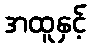
အထူနှင့်